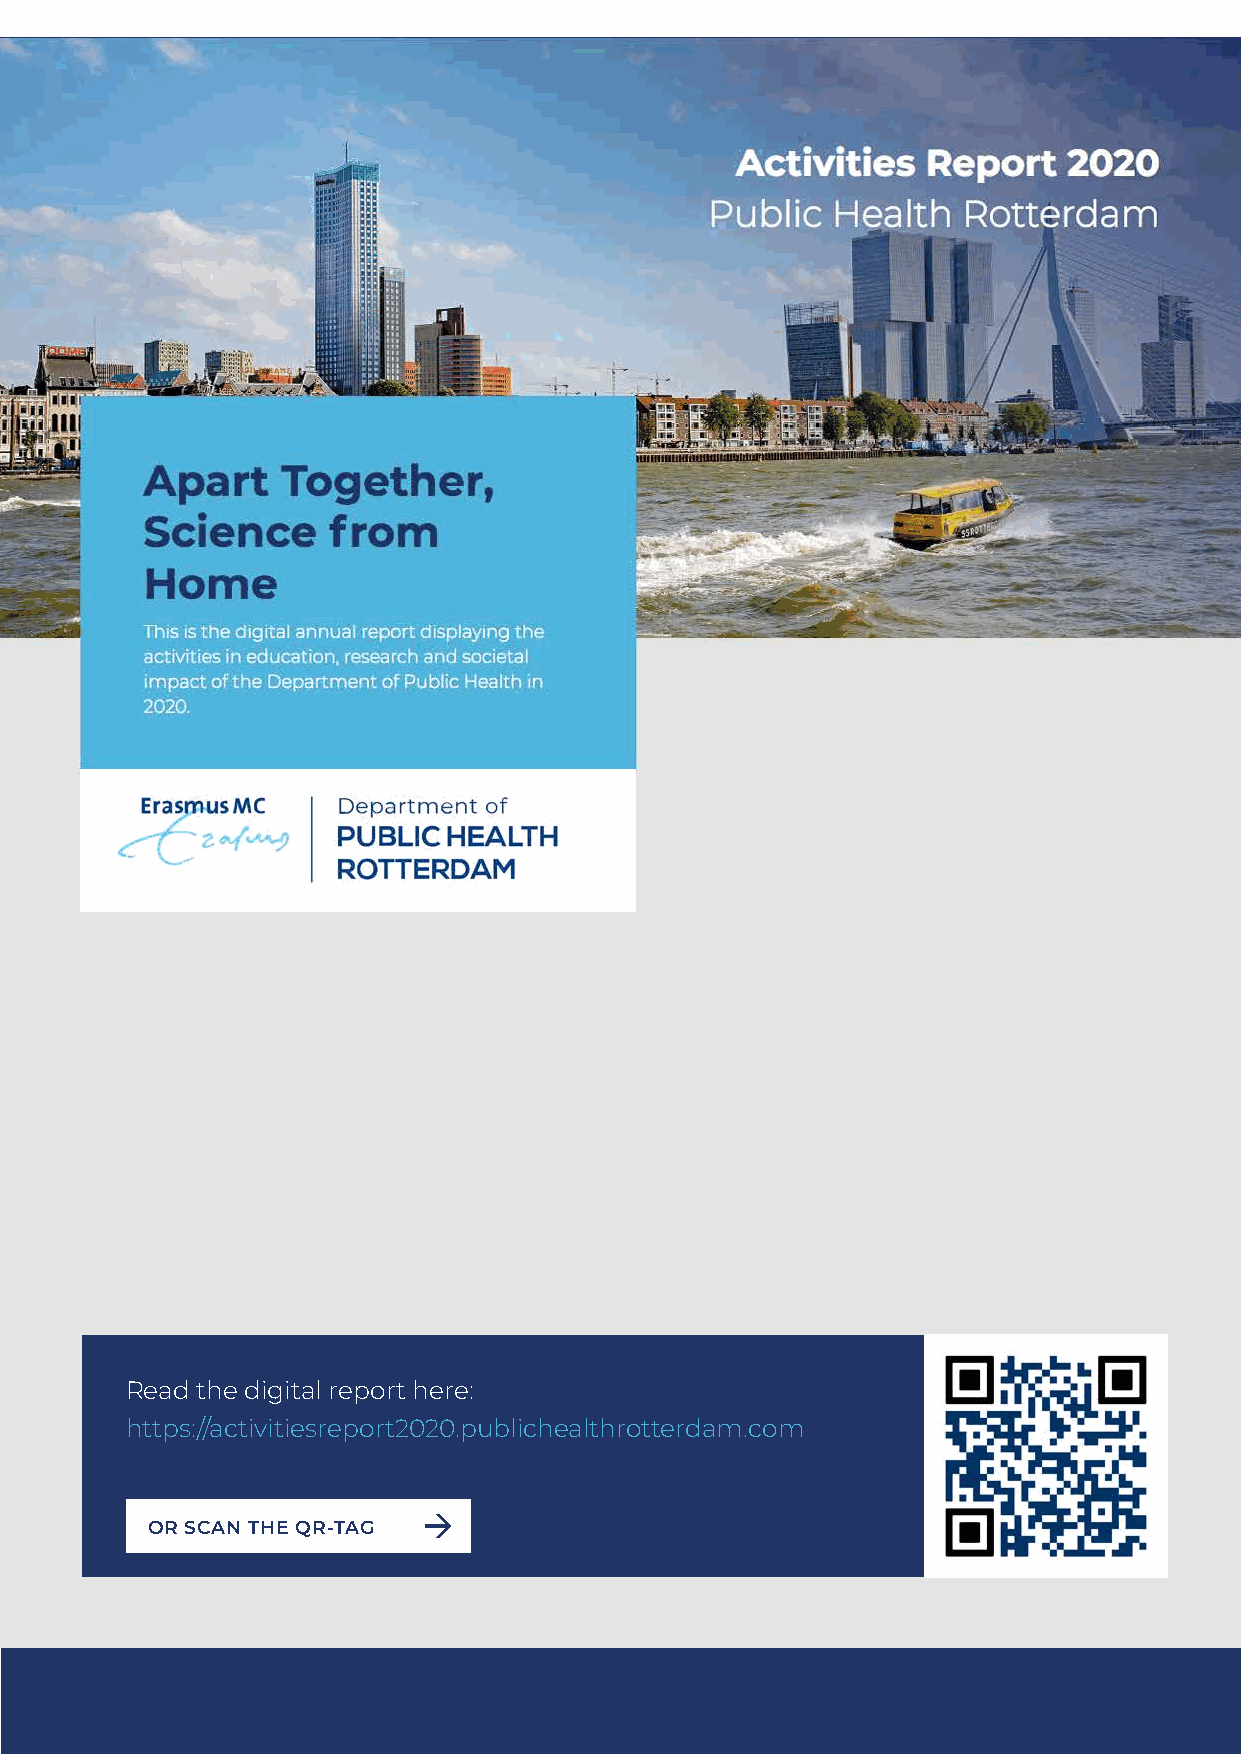
Apart     Together,
 Science     from
 Home
 Erasmus Me   Depa rtment of
 c_-1,,
 PUBLIC  HEALTH
 ~
 ROTTERDAM
 Read the digital report here:
 https://activitiesreport2020.publichealthrotterdam.com
 OR SCAN THE QR-TAG
 